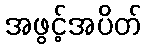
အဖွင့်အပိတ်